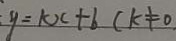
y = k x + b ( k \neq 0 ,